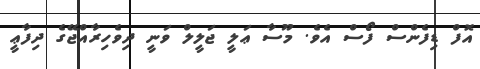
އޮފް ޑިފެންސް ފޯސް އެވެ. މޫސާ ޢަލީ ޖަލީލް ވަނީ ދިވެހިރާއްޖޭގެ ދިފާޢީ